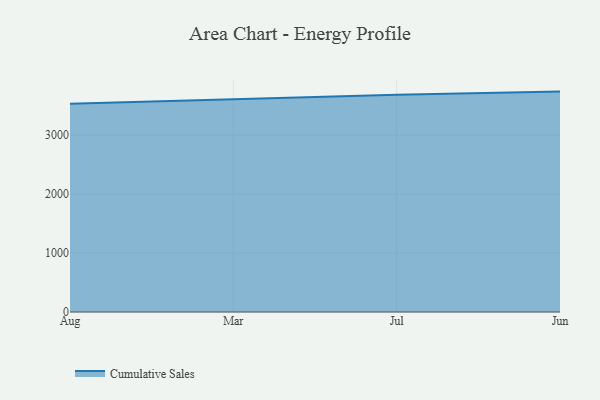
{"axis": {"x": "Month", "y": "Production Output"}, "legend": ["Cumulative Sales"], "data": [{"x": "Aug", "y": 3531.2, "type": "Cumulative Sales"}, {"x": "Mar", "y": 3608.1, "type": "Cumulative Sales"}, {"x": "Jul", "y": 3682.1, "type": "Cumulative Sales"}, {"x": "Jun", "y": 3735.1, "type": "Cumulative Sales"}]}